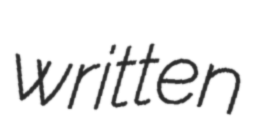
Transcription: written